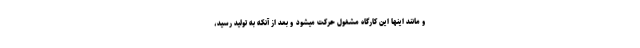
و مانند اینها این کارگاه مشغول حرکت میشود و بعد از آنکه به تولید رسید،